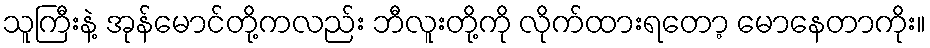
သူကြီးနဲ့ အုန်မောင်တို့ကလည်း ဘီလူးတို့ကို လိုက်ထားရတော့ မောနေတာကိုး။